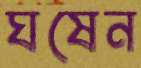
ঘষেন